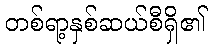
တစ်ရာ့နှစ်ဆယ်စီရှိ၏